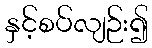
နှင့်စပ်လျဉ်း၍